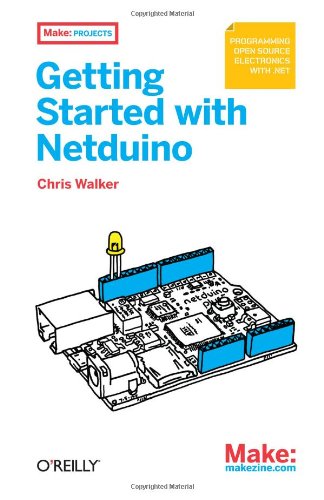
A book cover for Make: Getting Started with Netduino; Chris Walker; Computers & Technology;